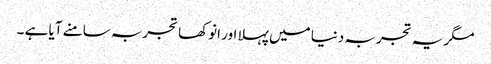
مگر یہ تجربہ دنیا میں پہلا اور انوکھا تجربہ سامنے آیا ہے ۔